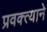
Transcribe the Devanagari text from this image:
प्रवक्त्याने